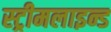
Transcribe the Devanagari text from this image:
स्ट्रीमलाइन्ड